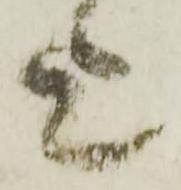
上